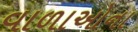
વાળાઓના